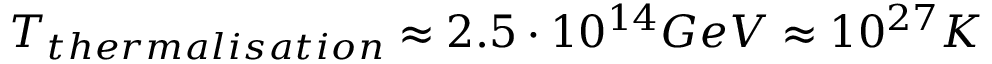
T _ { t h e r m a l i s a t i o n } \approx 2 . 5 \cdot 1 0 ^ { 1 4 } G e V \approx 1 0 ^ { 2 7 } K